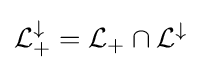
{\mathcal {L}}_{+}^{\downarrow }={\mathcal {L}}_{+}\cap {\mathcal {L}}^{\downarrow }